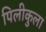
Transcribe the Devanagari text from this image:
पिलीकुला